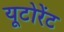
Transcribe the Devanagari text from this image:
यूटोरेंट